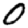
Digit: 0